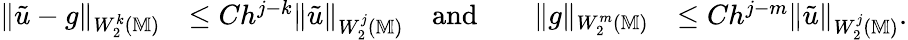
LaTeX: \begin{array}{rlrlrl}{\| \tilde{u}-g\| _{W_{2}^{k}(\mathbb{M})}}&{\le Ch^{j-k}\| \tilde{u}\| _{W_{2}^{j}(\mathbb{M})}}&{\mathrm{and}}&{}&{\| g\| _{W_{2}^{m}(\mathbb{M})}}&{\le Ch^{j-m}\| \tilde{u}\| _{W_{2}^{j}(\mathbb{M})}.}\end{array}